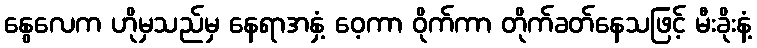
နွေလေက ဟိုမှသည်မှ နေရာအနှံ့ ဝေ့ကာ ဝိုက်ကာ တိုက်ခတ်နေသဖြင့် မီးခိုးနံ့